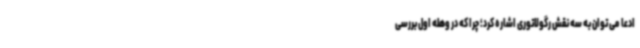
ادعا می توان به سه نقش رگولاتوری اشاره کرد؛ چرا که در وهله اول بررسی